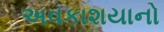
અવકાશયાનો